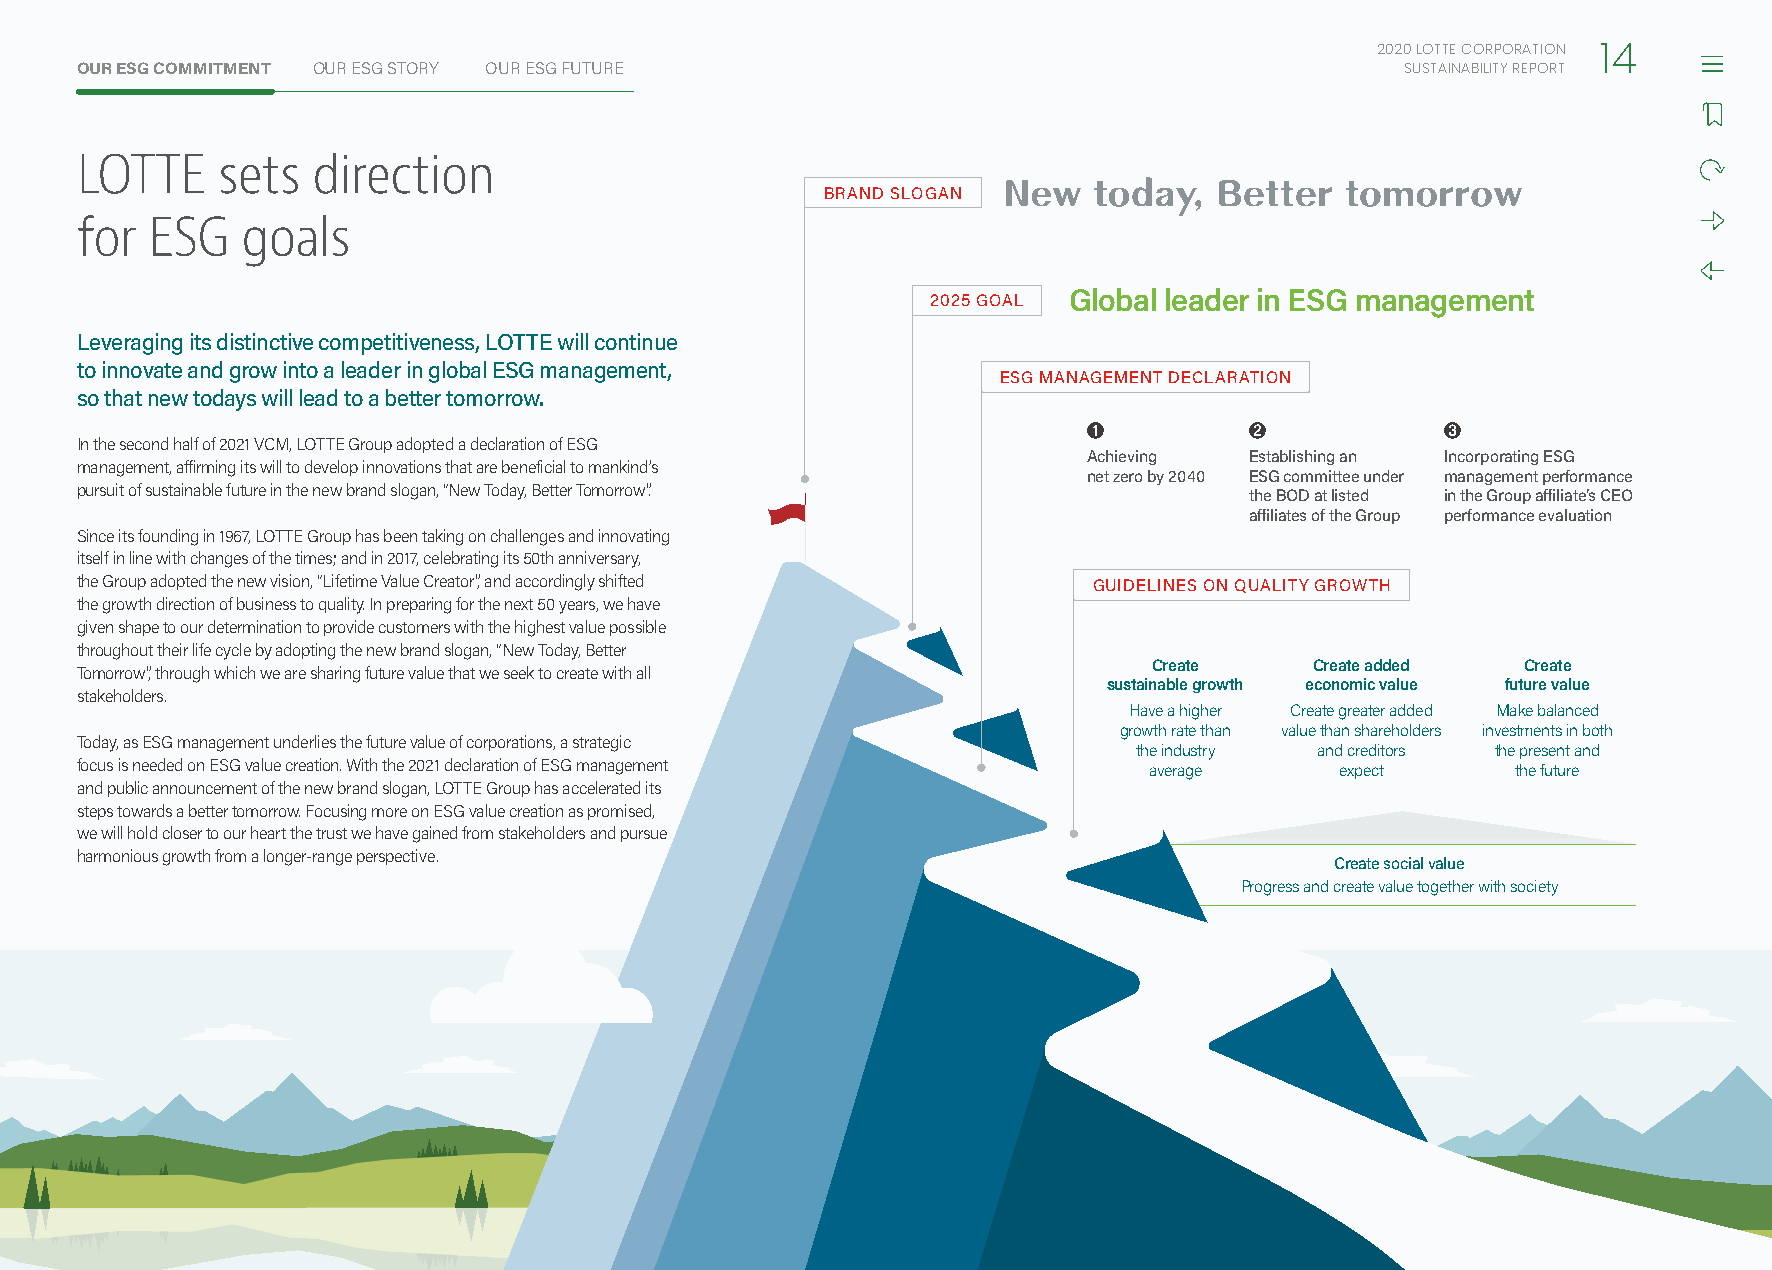
2020 LOTTE CORPORATION
 14
 OUR ESG COMMITMENT OUR ESG STORY OUR ESG FUTURE                                         SUSTAINABILITY REPORT
 LOTTE    sets   direction
 BRAND SLOGAN
 for  ESG   goals
 2025 GOAL Global leader in ESG management
 Leveraging its distinctive competitiveness, LOTTE will continue
 to innovate and grow into a leader in global ESG management,
 ESG MANAGEMENT DECLARATION
 so that new todays will lead to a better tomorrow.
 ❶          ❷            ❸
 In the second half of 2021 VCM, LOTTE Group adopted a declaration of ESG
 Achieving  Establishing an Incorporating ESG
 management, affirming its will to develop innovations that are beneficial to mankind’s
 net zero by 2040 ESG committee under management performance
 pursuit of sustainable future in the new brand slogan, “New Today, Better Tomorrow”. the BOD at listed in the Group affiliate’s CEO
 affiliates of the Group performance evaluation
 Since its founding in 1967, LOTTE Group has been taking on challenges and innovating
 itself in line with changes of the times; and in 2017, celebrating its 50th anniversary,
 the Group adopted the new vision, “Lifetime Value Creator”, and accordingly shifted GUIDELINES ON QUALITY GROWTH
 the growth direction of business to quality. In preparing for the next 50 years, we have
 given shape to our determination to provide customers with the highest value possible
 throughout their life cycle by adopting the new brand slogan, “New Today, Better
 Create     Create added  Create
 Tomorrow”, through which we are sharing future value that we seek to create with all
 sustainable growth economic value future value
 stakeholders.
 Have a higher Create greater added Make balanced
 growth rate than value than shareholders investments in both
 Today, as ESG management underlies the future value of corporations, a strategic
 the industry and creditors the present and
 focus is needed on ESG value creation. With the 2021 declaration of ESG management average expect the future
 and public announcement of the new brand slogan, LOTTE Group has accelerated its
 steps towards a better tomorrow. Focusing more on ESG value creation as promised,
 we will hold closer to our heart the trust we have gained from stakeholders and pursue
 harmonious growth from a longer-range perspective.
 Create social value
 Progress and create value together with society